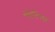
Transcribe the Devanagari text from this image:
संहंतिंच्या